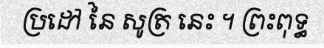
ប្រដៅ នៃ សូត្រ នេះ ។ ព្រះពុទ្ធ